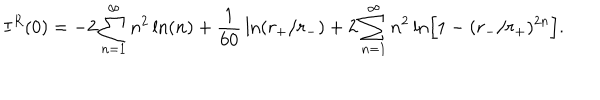
LaTeX: I ^ { R } ( 0 ) = - 2 \sum _ { n = 1 } ^ { \infty } n ^ { 2 } \ln ( n ) + { \frac { 1 } { 6 0 } } \ln ( r _ { + } / r _ { - } ) + 2 \sum _ { n = 1 } ^ { \infty } n ^ { 2 } \ln \Bigr [ 1 - ( r _ { - } / r _ { + } ) ^ { 2 n } \Bigr ] .